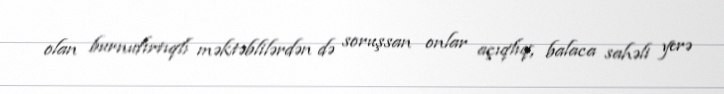
olan burnufırtıqlı məktəblilərdən də soruşsan onlar açıqlıq, balaca sahəli yerə